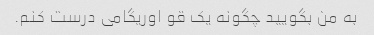
به من بگویید چگونه یک قو اوریگامی درست کنم.